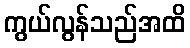
ကွယ်လွန်သည်အထိ